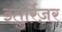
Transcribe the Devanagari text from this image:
इतुर्रिज़र